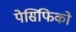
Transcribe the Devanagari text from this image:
पेसिफिको